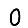
Digit: 0